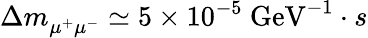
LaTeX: \Delta m_{\mu^{+}\mu^{-}}^{}\simeq 5\times 10^{-5}~\mathrm{GeV^{-1}}\cdot s